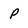
Character: P